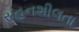
સહનશીલતા